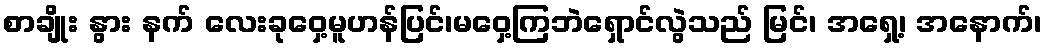
စာချိုး နွား နက် လေးခုဝှေ့မူဟန်ပြင်၊မဝှေ့ကြဘဲရှောင်လွဲသည် မြင်၊ အရှေ့၊ အနောက်၊